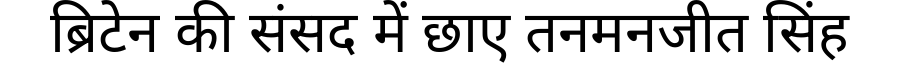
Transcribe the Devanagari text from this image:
ब्रिटेन की संसद में छाए तनमनजीत सिंह